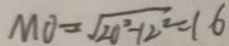
M O = \sqrt { 2 0 ^ { 2 } - 1 2 ^ { 2 } } = 1 6